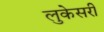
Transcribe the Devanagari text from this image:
लुकेसरी